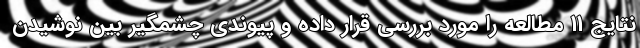
نتایج 11 مطالعه را مورد بررسی قرار داده و پیوندی چشمگیر بین نوشیدن